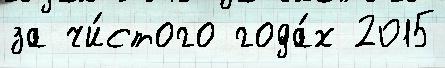
за чи́стого года́х 2015